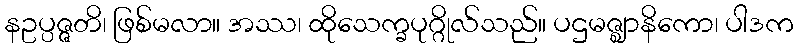
နဥပ္ပဇ္ဇတိ၊ ဖြစ်မလာ။ အဿ၊ ထိုသေက္ခပုဂ္ဂိုလ်သည်။ ပဌမဇ္ဈာနိကော၊ ပါဒက